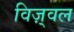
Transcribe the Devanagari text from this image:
विज़्वल